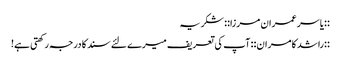
::یاسر عمران مرزا::‌ شکریہ
::راشد کامران:: آپ کی تعریف میرے لئے سند کا درجہ رکھتی ہے!